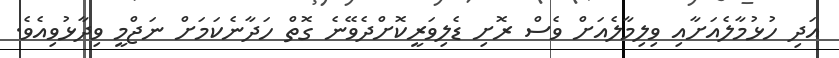
އަދި ހުޅުމާލެއަށާއި ވިލިމާލެއަށް ވެސް ރޮށި ޑެލިވަރީކޮށްދެވޭނެ ގޮތް ހަދާނެކަމަށް ނަޖްމީ ވިދާޅުވިއެވެ.